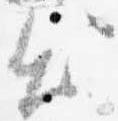
出